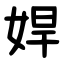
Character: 娨